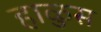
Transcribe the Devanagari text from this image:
हाळुस